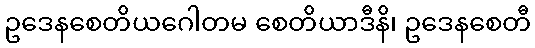
ဥဒေနစေတိယဂေါတမ စေတိယာဒီနိ၊ ဥဒေနစေတီ